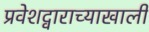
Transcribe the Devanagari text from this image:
प्रवेशद्वाराच्याखाली